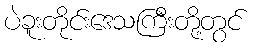
ပဲခူးတိုင်းဒေသကြီးတို့တွင်